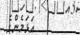
އަޅަމެންގެ